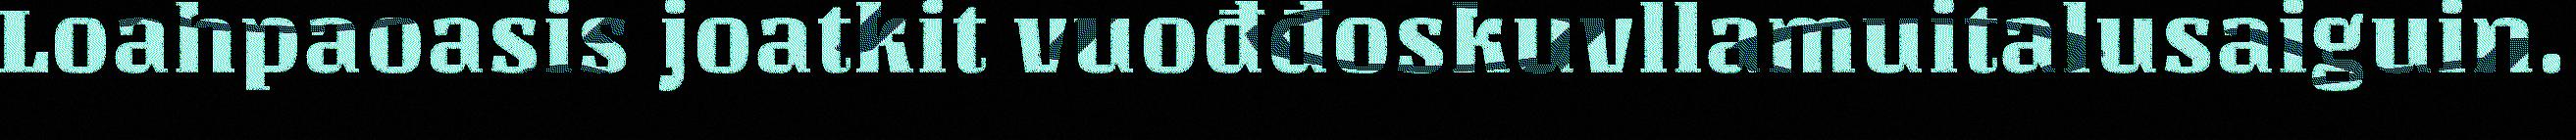
Loahpaoasis joatkit vuođđoskuvllamuitalusaiguin.